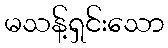
မသန့်ရှင်းသော